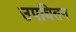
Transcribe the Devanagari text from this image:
उपधितन